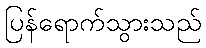
ပြန်ရောက်သွားသည်